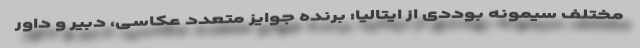
مختلف سیمونه بوددی از ایتالیا: برنده جوایز متعدد عکاسی، دبیر و داور